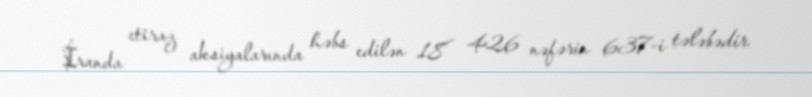
İranda etiraz aksiyalarında həbs edilən 18 426 nəfərin 637-i tələbədir.